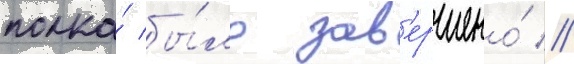
полка́ бы́ло зав'ершено́ //